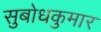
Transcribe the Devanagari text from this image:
सुबोधकुमार